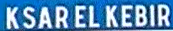
KSARELKEBIR